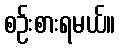
စဉ်းစားရမယ်။